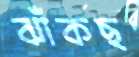
ঝাঁকছ